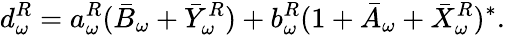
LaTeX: d_{\omega}^{R}=a_{\omega}^{R}(\bar{B}_{\omega}+\bar{Y}_{\omega}^{R})+b_{\omega}^{R}(1+\bar{A}_{\omega}+\bar{X}_{\omega}^{R})^{\ast}.